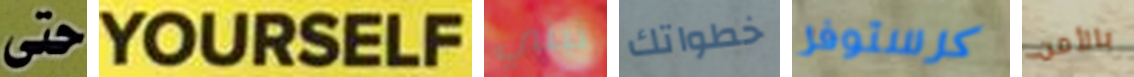
حتى YOURSELF تبني خطواتك كرستوفر بالأمن